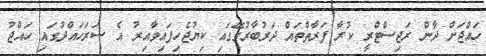
ހައްޖަށް ދާން ރަޖިސްޓްރީ ކުރާ ފަރާތްތައް ދަރުބާރުގޭގައި ކިޔުޖެހިފައިވާއިރު އެ ސަރަހައްދުގައި ހައްޖު